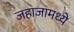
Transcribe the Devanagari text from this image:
जहाजामध्ये